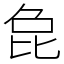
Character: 㲋